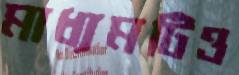
মাধ্যমটিও